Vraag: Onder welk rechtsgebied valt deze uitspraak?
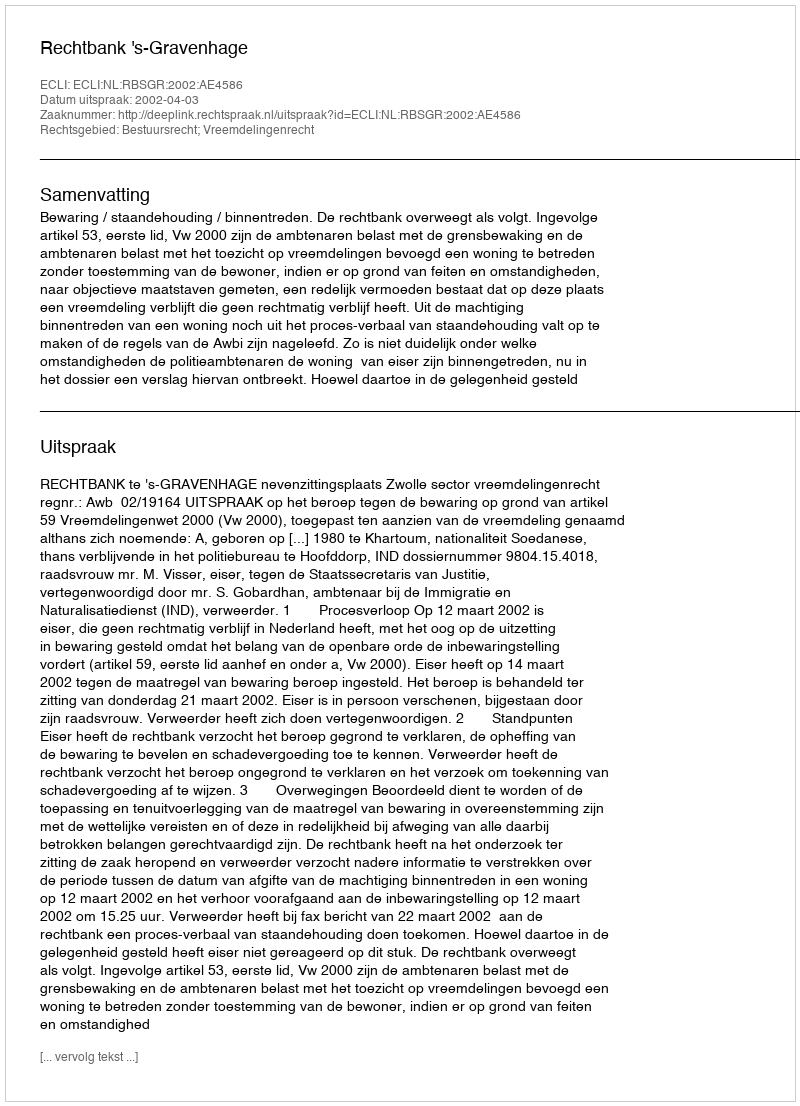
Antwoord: Bestuursrecht; Vreemdelingenrecht